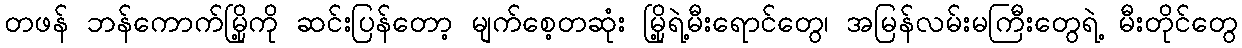
တဖန် ဘန်ကောက်မြို့ကို ဆင်းပြန်တော့ မျက်စေ့တဆုံး မြို့ရဲ့မီးရောင်တွေ၊ အမြန်လမ်းမကြီးတွေရဲ့ မီးတိုင်တွေ